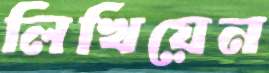
লিখিয়েন